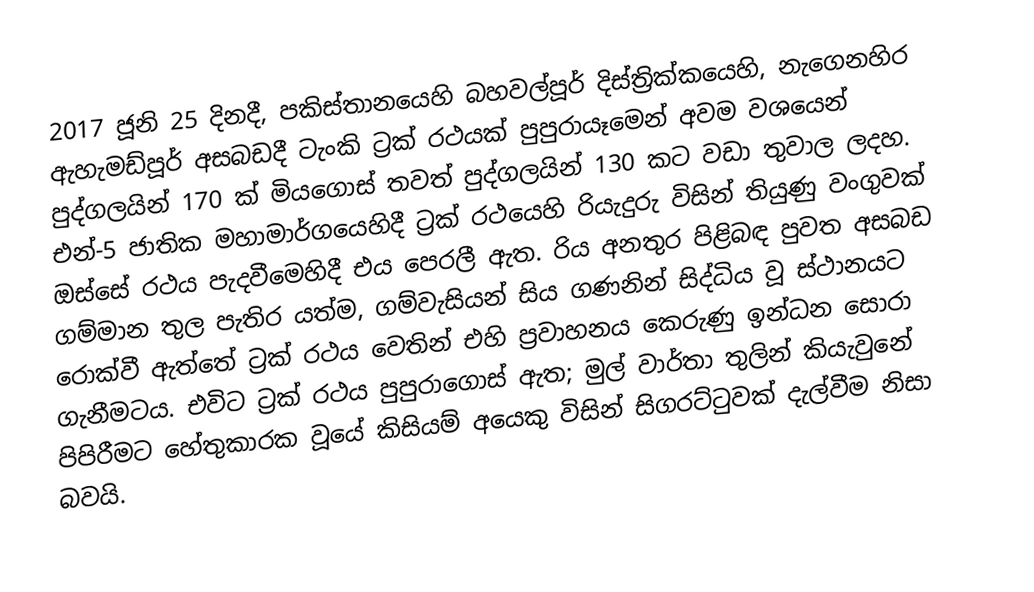
2017 ජූනි 25 දිනදී, පකිස්තානයෙහි   බහවල්පූර් දිස්ත්‍රික්කයෙහි,  නැගෙනහිර ඇහැමඩ්පූර් අසබඩදී ටැංකි ට්‍රක් රථයක් පුපුරායෑමෙන් අවම වශයෙන් පුද්ගලයින් 170 ක් මියගොස් තවත් පුද්ගලයින් 130 කට වඩා තුවාල ලදහ.   එන්-5 ජාතික මහාමාර්ගයෙහිදී ට්‍රක් රථයෙහි රියැදුරු විසින් තියුණු වංගුවක් ඔස්සේ රථය පැදවීමෙහිදී එය පෙරලී ඇත. රිය අනතුර පිළිබඳ පුවත අසබඩ ගම්මාන තුල පැතිර යත්ම, ගම්වැසියන් සිය ගණනින් සිද්ධිය වූ ස්ථානයට රොක්වී ඇත්තේ ට්‍රක් රථය වෙතින් එහි ප්‍රවාහනය කෙරුණු ඉන්ධන සොරා ගැනීමටය. එවිට ට්‍රක් රථය පුපුරාගොස් ඇත; මුල් වාර්තා තුලින් කියැවුනේ පිපිරීමට හේතුකාරක වූයේ කිසියම් අයෙකු විසින් සිගරට්ටුවක් දැල්වීම නිසා බවයි.